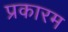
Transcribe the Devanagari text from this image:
प्रकारम